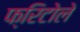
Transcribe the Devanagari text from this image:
फ्रिटोले